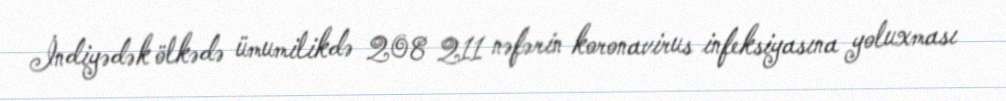
İndiyədək ölkədə ümumilikdə 208 211 nəfərin koronavirus infeksiyasına yoluxması